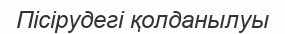
Пісірудегі қолданылуы